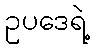
ဥပဒေရဲ့